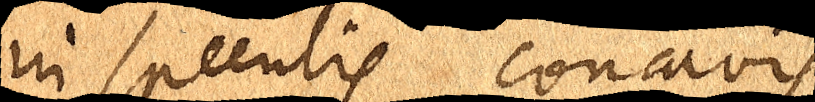
in speculis concavis